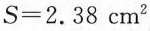
$$S = 2 . 3 8$$cm^{2}